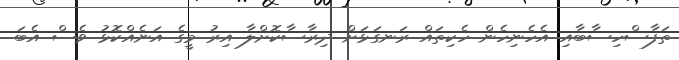
ތަފާސްހިސާބާއި އެހެނިހެން ހެކިތައް ރަނގަޅަށް ދިރާސާކޮށްލާ އިރު މީގެ އަނެއްކޮޅު ވެސް އެބަ